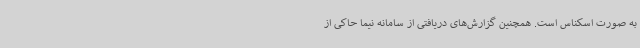
به صورت اسکناس است. همچنین گزارش‌های دریافتی از سامانه نیما حاکی از